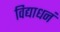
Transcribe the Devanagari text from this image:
विद्याधनं